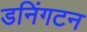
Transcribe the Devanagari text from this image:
डनिंगटन